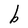
Character: b